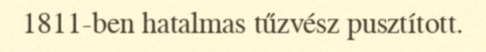
1811-ben hatalmas tűzvész pusztított.